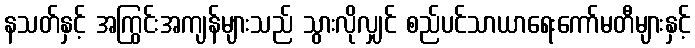
နသတ်နှင့် အကြွင်းအကျန်များသည် သွားလိုလျှင် စည်ပင်သာယာရေးကော်မတီများနှင့်